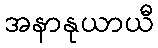
အနာနုယာယီ